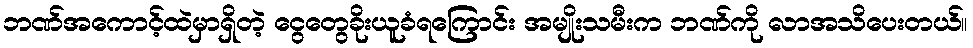
ဘဏ်အကောင့်ထဲမှာရှိတဲ့ ငွေတွေခိုးယူခံရကြောင်း အမျိုးသမီးက ဘဏ်ကို လာအသိပေးတယ်။